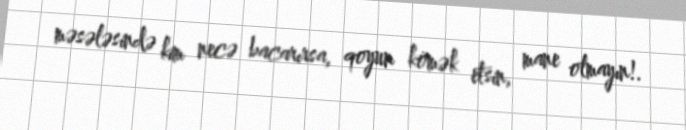
məsələsində kim necə bacarırsa, qoyun kömək etsin, mane olmayın!.